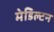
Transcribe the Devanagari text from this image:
मेडिल्टन